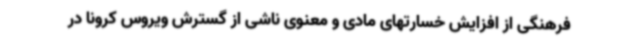
فرهنگی از افزایش خسارتهای مادی و معنوی ناشی از گسترش ویروس کرونا در